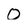
Character: 0